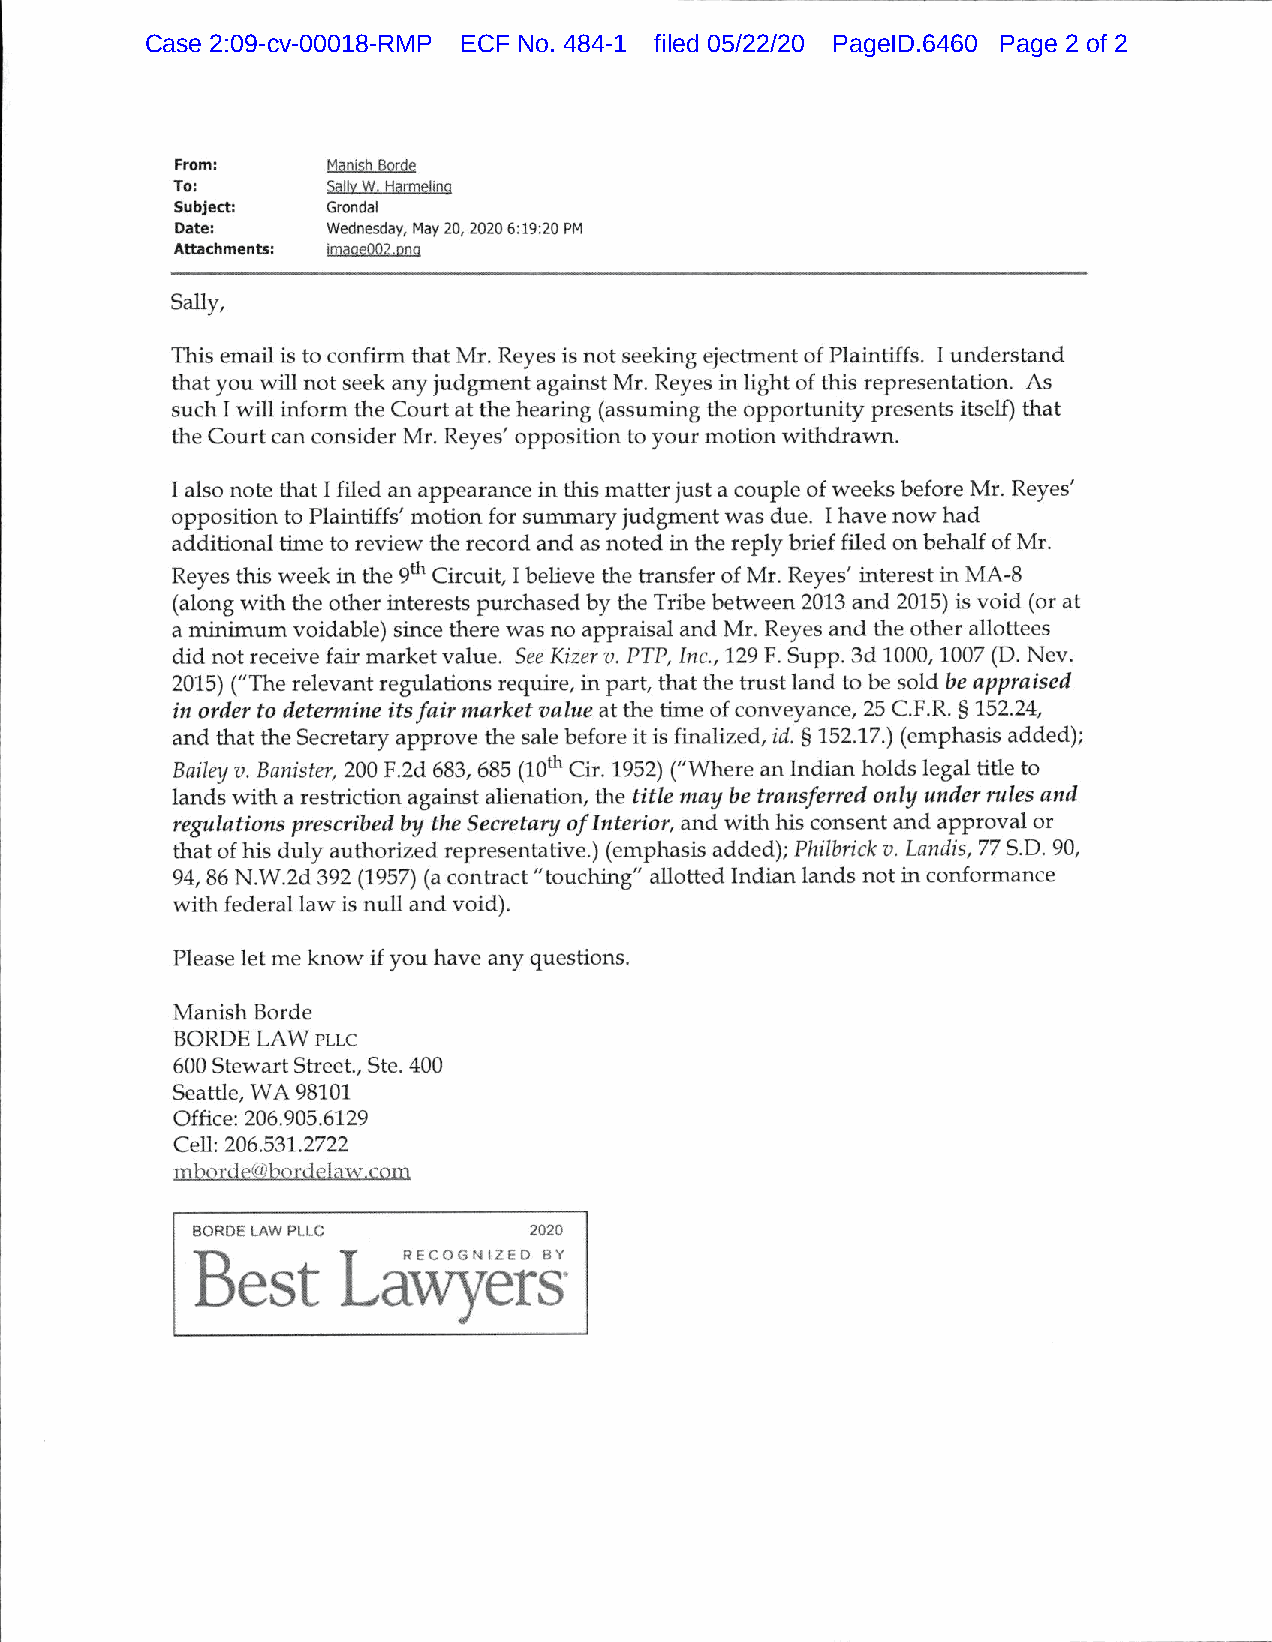
Case 2:09-cv-00018-RMP ECF No. 484-1 filed 05/22/20 PageID.6460 Page 2 of 2
 From:     Manish Borde
 To:        Sally W. Harmelina
 Subject:   Grondal
 Date:     Wednesday, May 20, 2020 6:19:20 PM
 Attachments: imaQeOQ2.pnQ
 Sally,
 This email is to confirm that Mr. Reyes is not seeking ejectment of Plaintiffs. I understand
 that you will not seek any judgment against Mr. Reyes in light of this representation. As
 such 1 wiU inform the Court at the hearing (assuming the opportunity presents itself) that
 the Court can consider Mr. Reyes' opposition to your motion withdrawn.
 I also note that 1 filed an appearance in this matter just a couple of weeks before Mr. Reyes'
 opposition to Plaintiffs' motion for summary judgment was due. I have now had
 additional time to review the record and as noted in the reply brief filed on behalf of Mr.
 Reyes this week in the 9^ Circuit, 1 believe the transfer of Mr. Reyes' interest in MA-8
 (along with the other interests purchased by the Tribe between 2013 and 2015) is void (or at
 a minimum voidable) since there was no appraisal and Mr. Reyes and the other allottees
 did not receive fair market value. See Kizer v. FTP, Inc., 129 F. Supp. 3d 1000,1007( D. Nev.
 2015)( "The relevant regulations require, in part, that the trust land to be sold be appraised
 in order to determine its fair market value at the time of conveyance, 25 C.F.R. § 152.24,
 and that the Secretary approve the sale before it is finalized, id. § 152.17.)( emphasis added);
 Bailey v. Banister, 200 F.2d 683, 685 (10^ Cir. 1952)( "Where an Indian holds legal title to
 lands with a restriction against alienation, the title may he transferred only under rules and
 regulations prescribed by the Secretary ofI nterior, and with his consent and approval or
 that of his duly authorized representative.)( emphasis added); Philbrick v. Landis, 77 S.D. 90,
 94,86 N.W.2d 392( 1957)( a contract "touching" allotted Indian lands not in conformance
 with federal law is null and void).
 Please let me know if you have any questions.
 Manish Borde
 BORDE LAW pllc
 600 Stewart Street., Ste. 400
 Seattle, WA 98101
 Office: 206.905.6129
 Cell: 206.531.2722
 mborde@bordelaw.com
 BORDE LAW PLLC        2020
 RECOGNIZED BY
 ers"